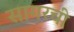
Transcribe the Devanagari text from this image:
सागरची